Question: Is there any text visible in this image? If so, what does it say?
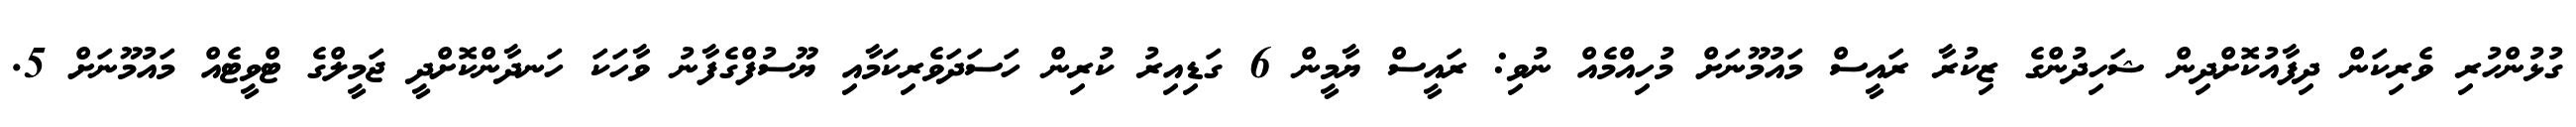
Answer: ގުޅުންހުރި ވެރިކަން ދިފާއުކޮށްދިން ޝަހިދުންގެ ޒިކުރާ ރައީސް މައުމޫނަށް މުހިއްމެއް ނުވި: ރައީސް ޔާމީން 6 ގަޑިއިރު ކުރިން ހަސަދަވެރިކަމާއި ޔޫސުފްގެފާނު ވާހަކަ ހަނދާންކޮށްދީ ޖަމީލްގެ ޓްވީޓެއް މައުމޫނަށް 5.